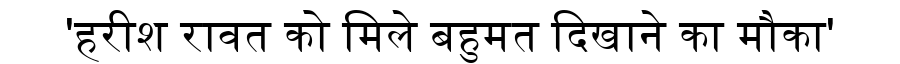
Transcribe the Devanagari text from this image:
'हरीश रावत को मिले बहुमत दिखाने का मौका'